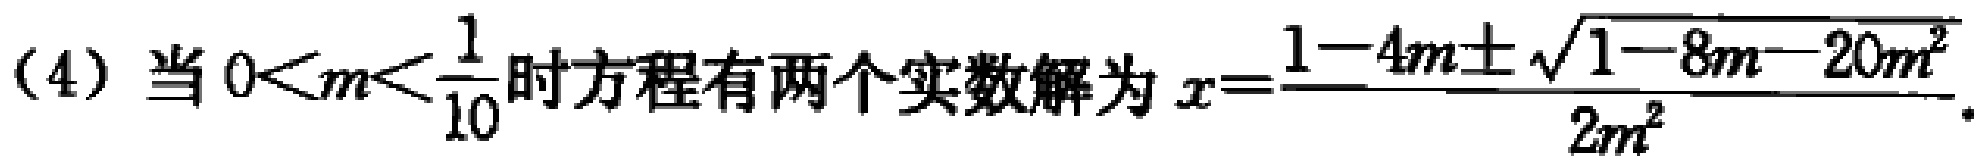
(4) 当 \(0<m<\frac{1}{10}\) 时方程有两个实数解为 \(x = \frac{1 - 4m\pm\sqrt{1 - 8m - 20m^{2}}}{2m^{2}}\).